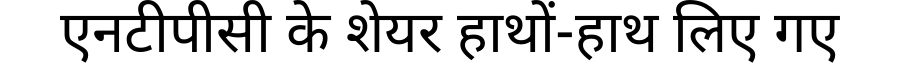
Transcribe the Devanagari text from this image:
एनटीपीसी के शेयर हाथों-हाथ लिए गए